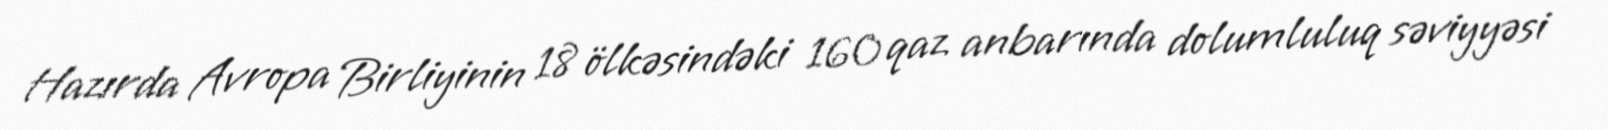
Hazırda Avropa Birliyinin 18 ölkəsindəki 160 qaz anbarında dolumluluq səviyyəsi